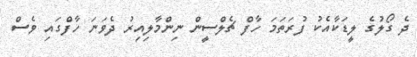
ދެ ގޯލުގެ ލީޑަކާއެކު ފުރަތަމަ ހާފް ޗެލްސީން ނިންމާލިއިރު ދެވަނަ ހާފްގައި ވެސް